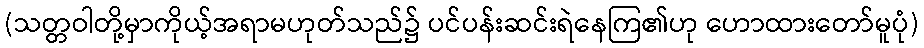
(သတ္တဝါတို့မှာကိုယ့်အရာမဟုတ်သည်၌ ပင်ပန်းဆင်းရဲနေကြ၏ဟု ဟောထားတော်မူပုံ)